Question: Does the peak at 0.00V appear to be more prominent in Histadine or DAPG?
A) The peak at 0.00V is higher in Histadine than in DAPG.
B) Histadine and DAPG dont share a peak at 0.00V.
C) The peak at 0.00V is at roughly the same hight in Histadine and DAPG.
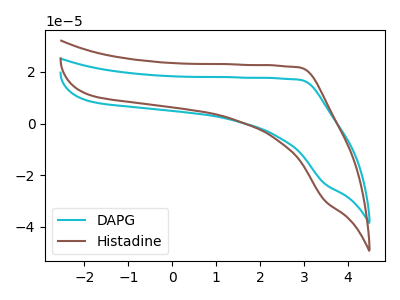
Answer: <think>The cyan curve "DAPG" has no peaks. The brown curve "Histadine" has no peaks.</think>
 <answer>B) "Histadine" and "DAPG" dont share a peak at 0.00V.</answer>
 <eval>B</eval>